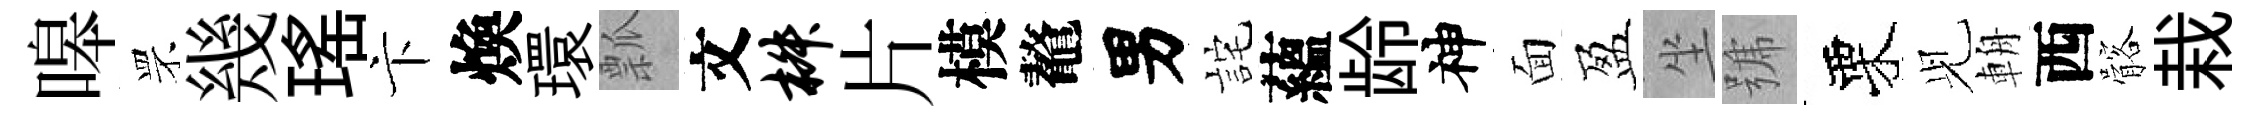
嗥罘幾瑤卞煥環瓢文椒片模鼇男詫蘊龄神面盈坐號栗𫤗輈西髂栽